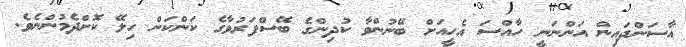
އާސަންދައިން އަންނަނީ ހާއްސަ އެހީއަށް ބޭނުންވާ ކުދިންގެ ބޭސްފަރުވާގެ ކަންކަން ހިލޭ ކޮށްދެމުންނެވެ.